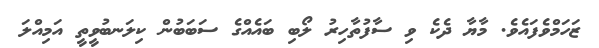
ޒަހަމްވެފައެވެ. މާޔާ ދެކެ ވި ސާފުތާހިރު ލޯބި ބައެެއްގެ ސަބަބުން ކިލަނބުވީތީ އަމިއްލަ